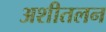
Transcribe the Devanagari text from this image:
अशीतलन